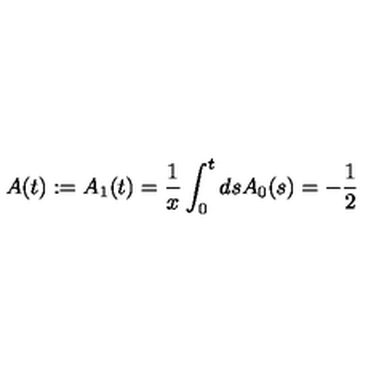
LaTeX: A ( t ) : = A _ { 1 } ( t ) = \frac { 1 } { x } \int _ { 0 } ^ { t } d s A _ { 0 } ( s ) = - \frac { 1 } { 2 }